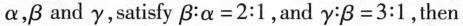
\alpha,\beta and \gamma,satisfy $$\beta:\alpha=2:1$$ ,and $$\gamma:\beta=3:1$$,then